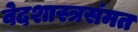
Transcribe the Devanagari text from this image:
वेदशास्त्रसंमत